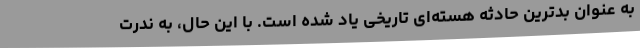
به عنوان بدترین حادثه هسته‌ای تاریخی یاد شده است. با این حال، به ندرت